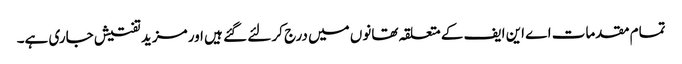
تمام مقدمات اے این ایف کے متعلقہ تھانوں میں درج کر لئے گئے ہیں اور مزید تفتیش جاری ہے۔